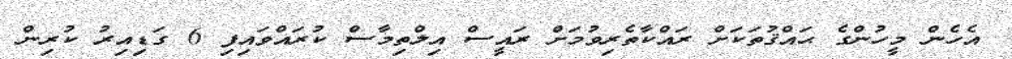
އެހެން މީހުންގެ ޙައްޤުތަކަށް ރައްކާތެރިވުމަށް ރައީސް އިލްތިމާސް ކުރައްވައިފި 6 ގަޑިއިރު ކުރިން